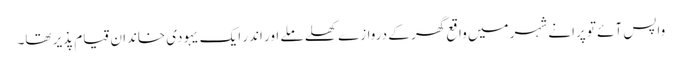
واپس آئے تو پرانے شہر میں واقع گھر کے دروازے کھلے ملے اور اندر ایک یہودی خاندان قیام پذیر تھا۔